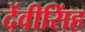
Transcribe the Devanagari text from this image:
देंवीसिंह